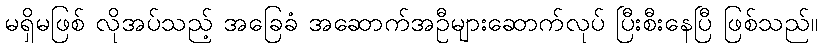
မရှိမဖြစ် လိုအပ်သည့် အခြေခံ အဆောက်အဦများဆောက်လုပ် ပြီးစီးနေပြီ ဖြစ်သည်။